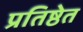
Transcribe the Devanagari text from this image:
प्रतिष्ठेत